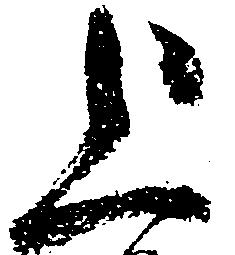
上